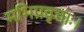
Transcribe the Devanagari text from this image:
मभिप्रवृत्ताः।